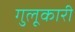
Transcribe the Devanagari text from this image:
गुलूकारी